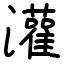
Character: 灌